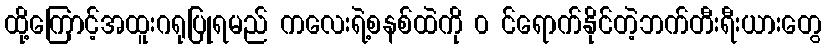
ထို့ကြောင့်အထူးဂရုပြုရမည် ကလေးရဲ့စနစ်ထဲကို ၀ င်ရောက်နိုင်တဲ့ဘက်တီးရီးယားတွေ